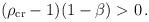
LaTeX: \begin{align*}(\rho_{\rm cr} -1)(1 -\beta )>0\,. \end{align*}